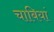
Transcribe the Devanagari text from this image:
चाबियां